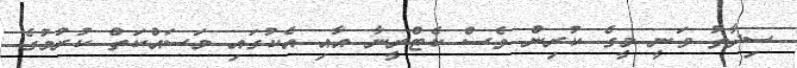
ސިދާތު ވަނީ މީގެ ކުރިން ވެސް ކެޓްރީނާ އާއި އެކުގައި މަސައްކަތް ކުރުމުގެ